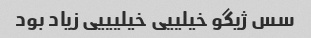
سس ژیگو خیلییی خیلیییی زیاد بود